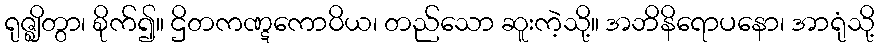
ရုဇ္ဈိတွာ၊ စိုက်၍။ ဌိတကဏ္ဋကောဝိယ၊ တည်သော ဆူးကဲ့သို့။ အဘိနိရောပနော၊ အာရုံသို့